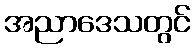
အညာဒေသတွင်